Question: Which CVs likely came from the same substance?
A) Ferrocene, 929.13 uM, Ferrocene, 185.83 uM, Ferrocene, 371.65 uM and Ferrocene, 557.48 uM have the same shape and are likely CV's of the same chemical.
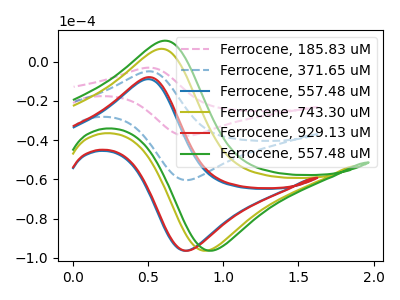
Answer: <think>The pink dashed curve "Ferrocene, 185.83 uM" has an anodic peak at (0.50V, -10.00uA) and a cathodic peak at (0.75V, -120.65uA). The blue dashed curve "Ferrocene, 371.65 uM" has an anodic peak at (0.50V, -5.00uA) and a cathodic peak at (0.75V, -60.35uA). The blue curve "Ferrocene, 557.48 uM" has an anodic peak at (0.50V, -9.00uA) and a cathodic peak at (0.75V, -96.25uA). The olive curve "Ferrocene, 743.30 uM" has an anodic peak at (0.60V, 6.45uA) and a cathodic peak at (0.90V, -96.25uA). The red curve "Ferrocene, 929.13 uM" has an anodic peak at (0.50V, -7.95uA) and a cathodic peak at (0.75V, -96.25uA). The green curve "Ferrocene, 557.48 uM" has an anodic peak at (0.60V, 10.60uA) and a cathodic peak at (0.95V, -96.25uA).
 All the peaks in "Ferrocene, 185.83 uM" have a peak in "Ferrocene, 371.65 uM" at the same potential. All the peaks in "Ferrocene, 185.83 uM" have a peak in "Ferrocene, 557.48 uM" at the same potential. "Ferrocene, 185.83 uM" and "Ferrocene, 743.30 uM" have at least one peak that do not match. All the peaks in "Ferrocene, 185.83 uM" have a peak in "Ferrocene, 929.13 uM" at the same potential. "Ferrocene, 185.83 uM" and "Ferrocene, 557.48 uM" have at least one peak that do not match. All the peaks in "Ferrocene, 371.65 uM" have a peak in "Ferrocene, 557.48 uM" at the same potential. "Ferrocene, 371.65 uM" and "Ferrocene, 743.30 uM" have at least one peak that do not match. All the peaks in "Ferrocene, 371.65 uM" have a peak in "Ferrocene, 929.13 uM" at the same potential. "Ferrocene, 371.65 uM" and "Ferrocene, 557.48 uM" have at least one peak that do not match. "Ferrocene, 557.48 uM" and "Ferrocene, 743.30 uM" have at least one peak that do not match. All the peaks in "Ferrocene, 557.48 uM" have a peak in "Ferrocene, 929.13 uM" at the same potential. "Ferrocene, 557.48 uM" and "Ferrocene, 557.48 uM" have at least one peak that do not match. "Ferrocene, 743.30 uM" and "Ferrocene, 929.13 uM" have at least one peak that do not match. All the peaks in "Ferrocene, 743.30 uM" have a peak in "Ferrocene, 557.48 uM" at the same potential. "Ferrocene, 929.13 uM" and "Ferrocene, 557.48 uM" have at least one peak that do not match.</think>
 <answer>A) "Ferrocene, 929.13 uM", "Ferrocene, 185.83 uM", "Ferrocene, 371.65 uM" and "Ferrocene, 557.48 uM" have the same shape and are likely CV's of the same chemical.</answer>
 <eval>A</eval>